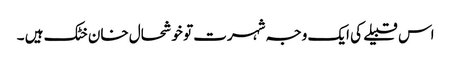
اس قبیلے کی ایک وجہ شہرت تو خوشحال خان خٹک ہیں ۔